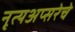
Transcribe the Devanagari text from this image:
नृत्यअप्सरेचे